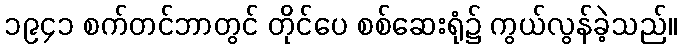
၁၉၄၁ စက်တင်ဘာတွင် တိုင်ပေ စစ်ဆေးရုံ၌ ကွယ်လွန်ခဲ့သည်။